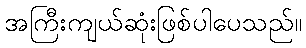
အကြီးကျယ်ဆုံးဖြစ်ပါပေသည်။